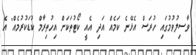
ވާސިލުވުމުގައި ހުރަސް އެޅޭނެ ކަމެއް އަދި އެއީ ކޯޓުތަކަށް އިހުތިރާމް ކުޑަކުރުމެއް" އެ